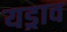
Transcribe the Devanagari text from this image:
यड्राव